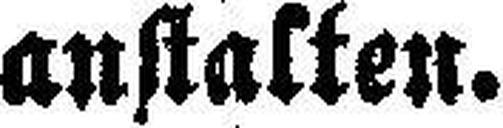
anstalten.